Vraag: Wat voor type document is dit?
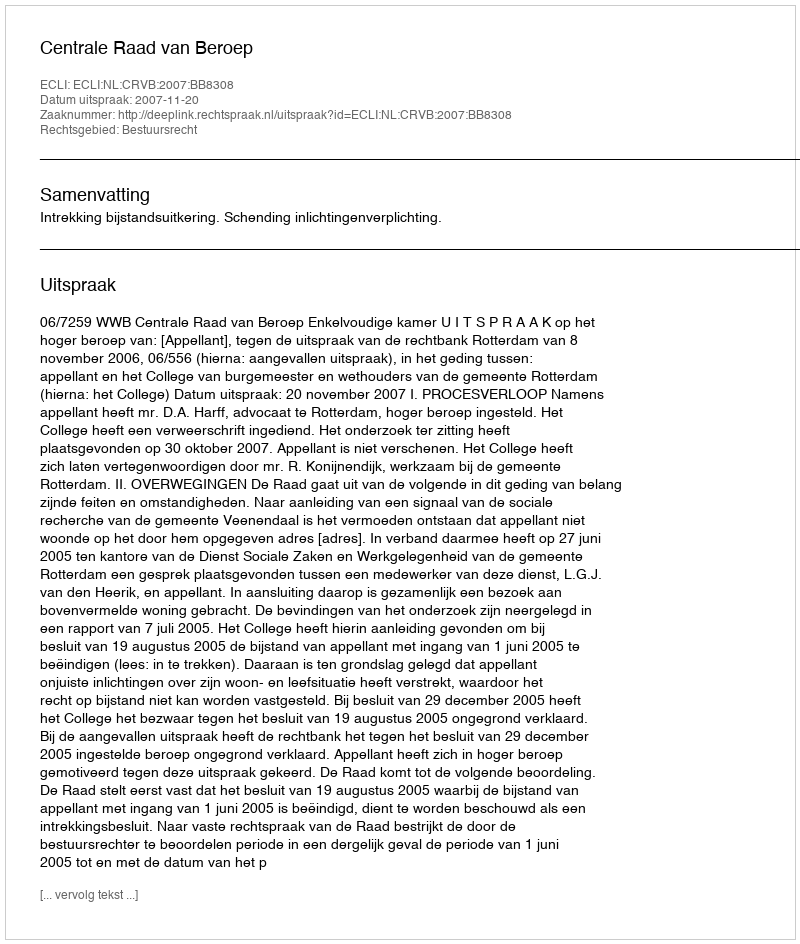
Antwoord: Uitspraak